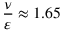
\frac { \nu } { \varepsilon } \approx 1 . 6 5